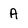
Character: A